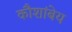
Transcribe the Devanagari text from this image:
कौशांबेय